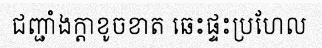
ជញ្ជាំងក្តាខូចខាត ឆេះផ្ទះប្រហែល